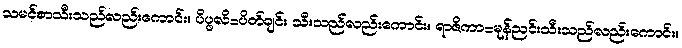
သမင်စာသီးသည်လည်းကောင်း။ ပိပ္ဖလိ=ပိတ်ချင်း သီးသည်လည်းကောင်း။ ရာဇိကာ=မုန်ညင်းသီးသည်လည်းကောင်း။